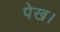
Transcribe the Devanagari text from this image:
पेख।